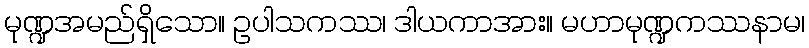
မုဏ္ဍအမည်ရှိသော။ ဥပါသကဿ၊ ဒါယကာအား။ မဟာမုဏ္ဍကဿနာမ၊